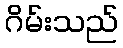
ဂိမ်းသည်